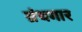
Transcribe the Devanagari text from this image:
ग्रंथगार